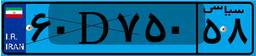
۶۰D۷۵۰۵۸